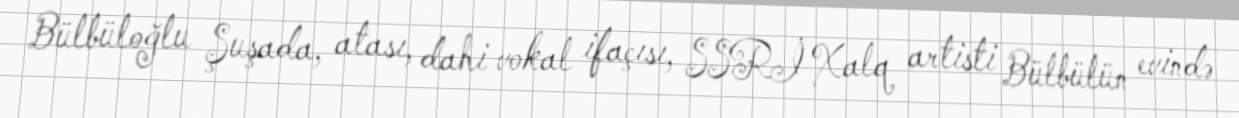
Bülbüloğlu Şuşada, atası, dahi vokal ifaçısı, SSRİ Xalq artisti Bülbülün evində